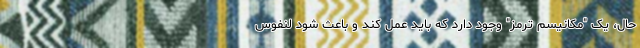
حال، یک "مکانیسم ترمز" وجود دارد که باید عمل کند و باعث شود لنفوس